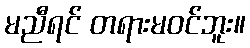
မညီရင် တရားမဝင်ဘူး။